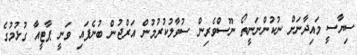
ސިޔާސީ މައިދާނަށް ނުކުންނަނީތޯ ނޫސްވެރިން ސުވާލުކުރުމުން އަރްޖުން ބުނެފައި ވަނީ ޕާޓީއާ ގުޅުމުގެ